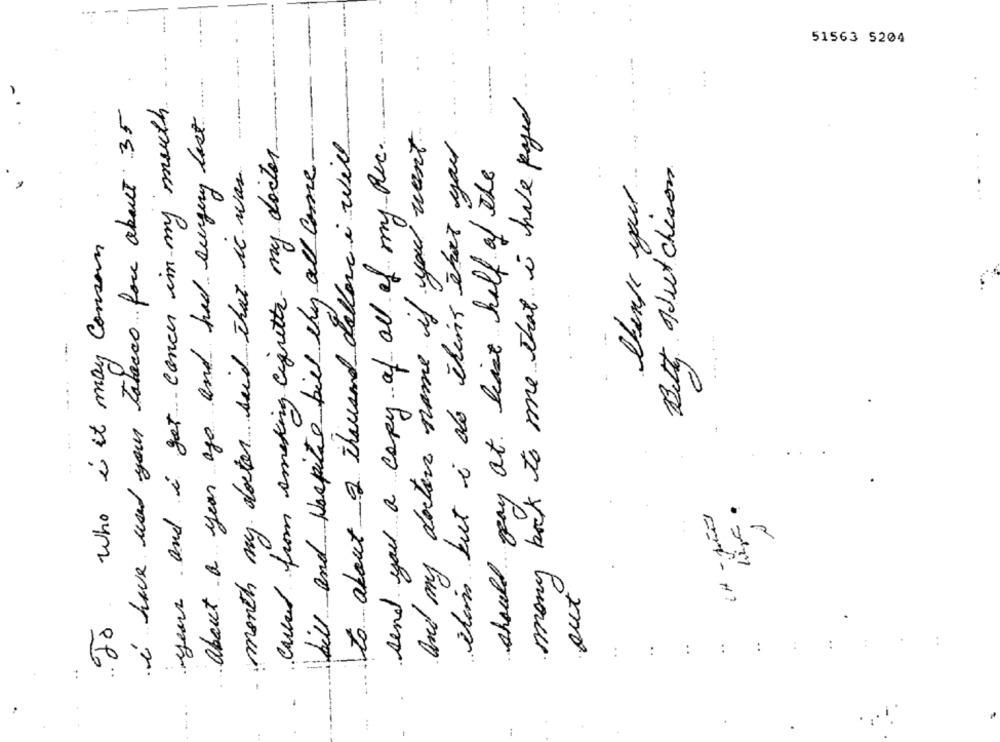
-
51563 5204
...
year and i got cancer in my mouth
bill and hospital bill they all come
i have used your tabacco for about 35
many back to me that i have payed
about a year ago and had surgery last
and my doctor name if you want.
Called from smoking cigretts my doctor
send you a copy of all of my Rec.
to about 2 thousand dollar i will
chim but i do chens that you
- month my doctor said that it was
should pay at hive half of the
Butt Hutchison
To who is it may conson
.....
out
..
:
:
:
:
: